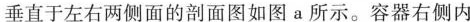
垂直于左右两侧面的剖面图如图a所示。容器右侧内